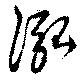
泓